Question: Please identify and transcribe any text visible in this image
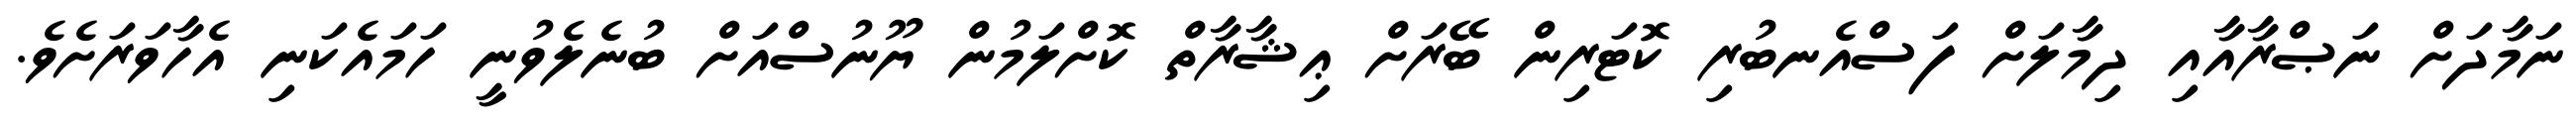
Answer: ނަމާދަށް ނަޞްރާއާއި ދިމާލަށް ފަސްއެނބުރި ކޮޓަރިން ބޭރަށް ޢިޝާރާތް ކޮށްލަމުން ޔޫނުސްއަށް ބުނެލެވުނީ ހަމައެކަނި އެހާވަރަށެވެ.